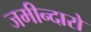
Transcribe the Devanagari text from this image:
जमीन्दारो